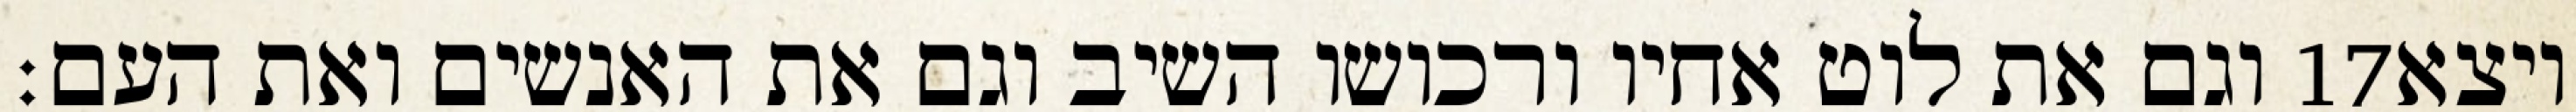
וגם את לוט אחיו ורכושו השיב וגם את האנשים ואת העם׃ ‎17‏ ויצא